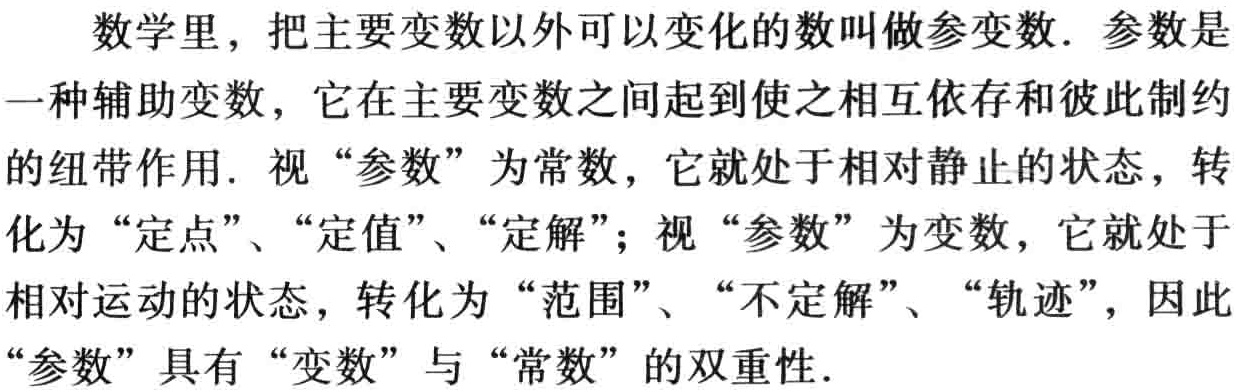
数学里，把主要变数以外可以变化的数叫做参变数. 参数是
一种辅助变数，它在主要变数之间起到使之相互依存和彼此制约
的纽带作用. 视 “参数” 为常数，它就处于相对静止的状态，转
化为 “定点”、“定值”、“定解”；视 “参数” 为变数，它就处于
相对运动的状态，转化为 “范围”、“不定解”、“轨迹”，因此
“参数” 具有 “变数” 与 “常数” 的双重性.